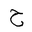
Letter: _ha